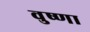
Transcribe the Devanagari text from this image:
वुष्णा